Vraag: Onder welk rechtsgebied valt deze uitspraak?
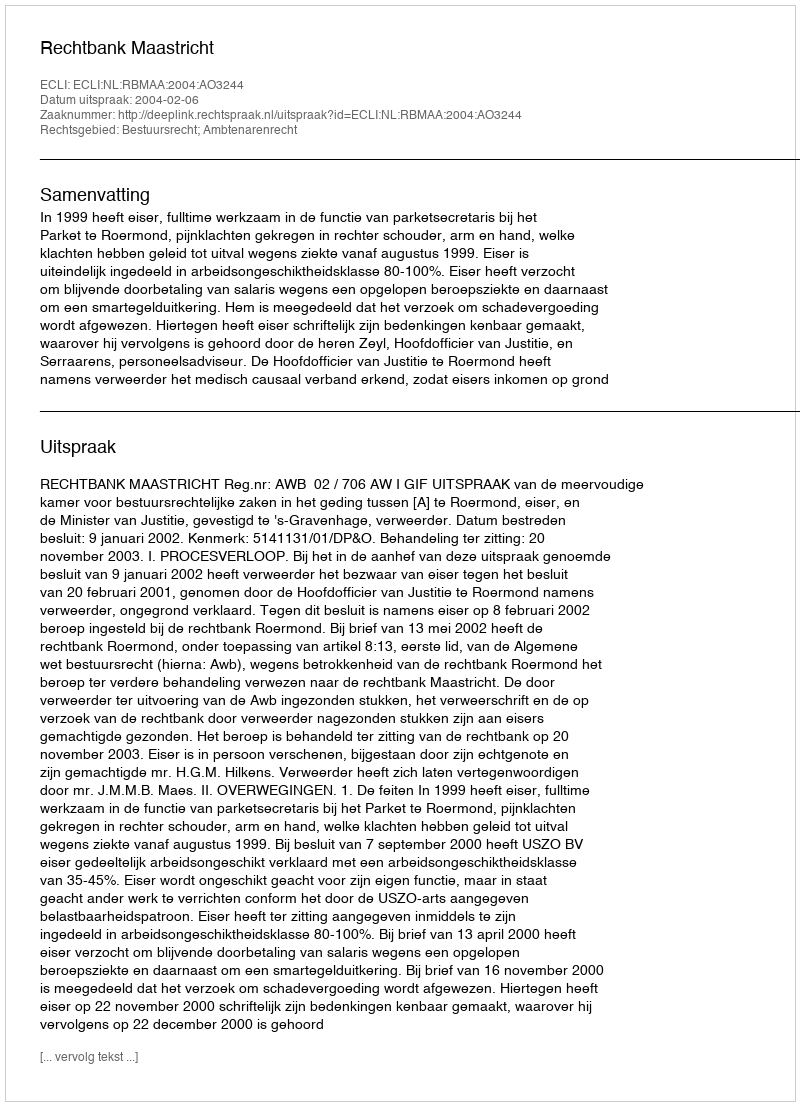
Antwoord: Bestuursrecht; Ambtenarenrecht